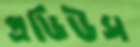
প্রডিউস